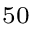
^ { 5 0 }